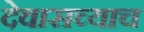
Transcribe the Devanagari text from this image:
देवासच्याच